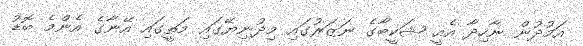
އަމުދުން ނާހިދާ އެއީ ޝަކީބާގެ ނަޒަރުގައި މިދުނިޔޭގައި މަތީގައި އޭނާގެ އެންމެ ބޮޑު